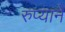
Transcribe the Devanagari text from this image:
रुप्याने